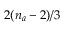
2 ( n _ { a } - 2 ) / 3